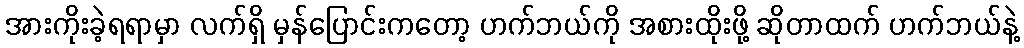
အားကိုးခဲ့ရရာမှာ လက်ရှိ မှန်ပြောင်းကတော့ ဟက်ဘယ်ကို အစားထိုးဖို့ ဆိုတာထက် ဟက်ဘယ်နဲ့